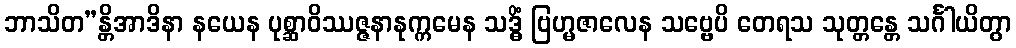
ဘာသိတ”န္တိအာဒိနာ နယေန ပုစ္ဆာဝိဿဇ္ဇနာနုက္ကမေန သဒ္ဓိံ ဗြဟ္မဇာလေန သဗ္ဗေပိ တေရသ သုတ္တန္တေ သင်္ဂါယိတွာ